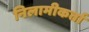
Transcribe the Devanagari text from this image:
निलामीकर्ता